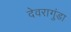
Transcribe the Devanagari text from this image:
देवरागुंडा